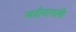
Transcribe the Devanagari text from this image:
अदौनागली